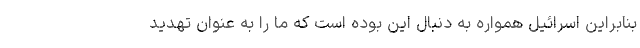
بنابراین اسرائیل همواره به دنبال این بوده است که ما را به عنوان تهدید